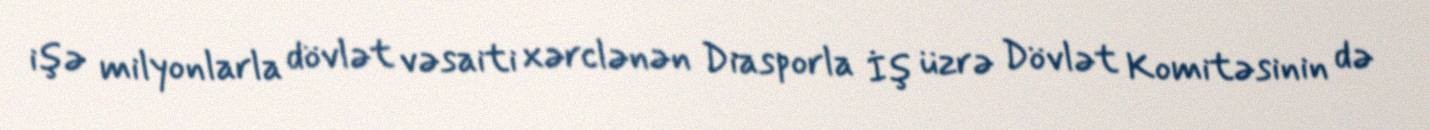
işə milyonlarla dövlət vəsaiti xərclənən Diasporla İş üzrə Dövlət Komitəsinin də